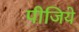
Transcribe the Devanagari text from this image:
पीजिये